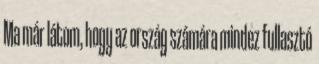
Ma már látom, hogy az ország számára mindez fullasztó